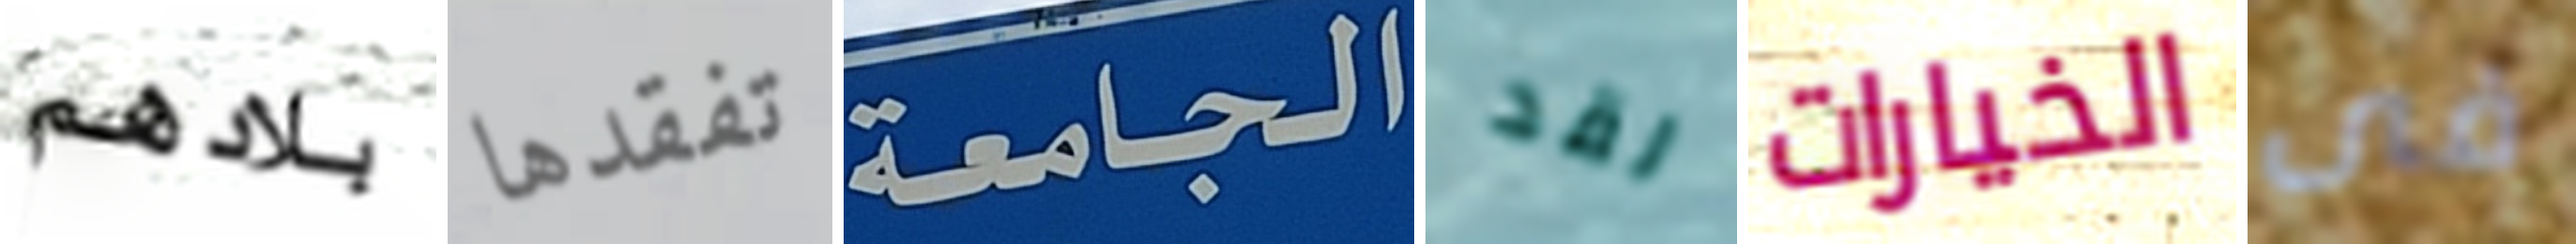
بلادهم تفقدها الجامعة لقد الخيارات فى